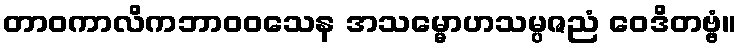
တာဝကာလိကဘာဝဝသေန အသမ္မောဟသမ္ပဇညံ ဝေဒိတဗ္ဗံ။